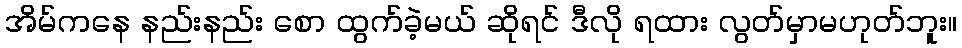
အိမ်ကနေ နည်းနည်း စော ထွက်ခဲ့မယ် ဆိုရင် ဒီလို ရထား လွတ်မှာမဟုတ်ဘူး။